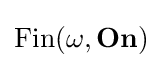
\operatorname {Fin} (\omega ,\mathbf {On} )